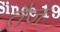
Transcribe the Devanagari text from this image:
तैज